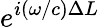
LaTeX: e^{i(\omega/c)\Delta L}